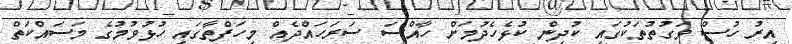
އިރު ހުސް ވަގުތުތަކުގައި ކުދިން ކުޅެހެދުމަށް ހާއްސަ ސަރަހައްދެއް މިހަފްތާގައި ހުޅުވުމުގެ މަސައްކަތް